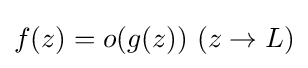
{\textstyle f(z)=o(g(z))\ (z\to L)}